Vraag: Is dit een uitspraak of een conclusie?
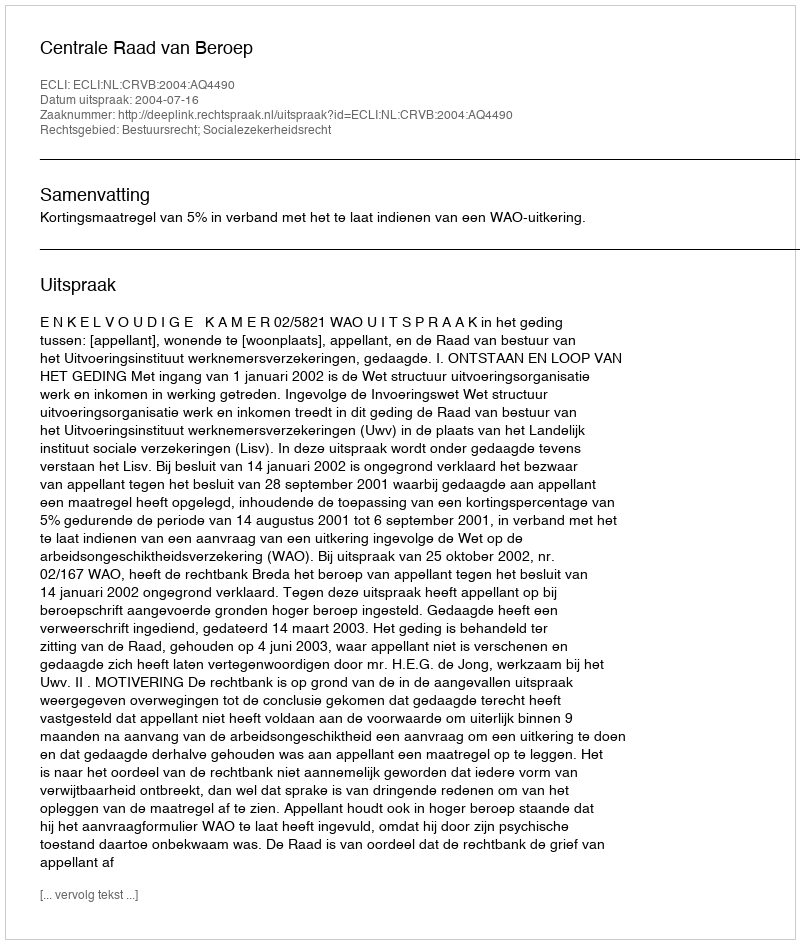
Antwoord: Uitspraak